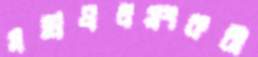
মহাপ্রলয়ংকরী